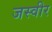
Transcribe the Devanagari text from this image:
जस्वीर